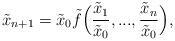
LaTeX: \begin{align*} \tilde{x}_{n+1}=\tilde{x}_0\tilde{f}\Big(\frac{\tilde{x}_1}{\tilde{x}_0},...,\frac{\tilde{x}_n}{\tilde{x}_0}\Big), \end{align*}